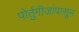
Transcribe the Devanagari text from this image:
पोर्तुगीजांपासून